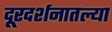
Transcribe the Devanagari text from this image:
दूरदर्शनातल्या